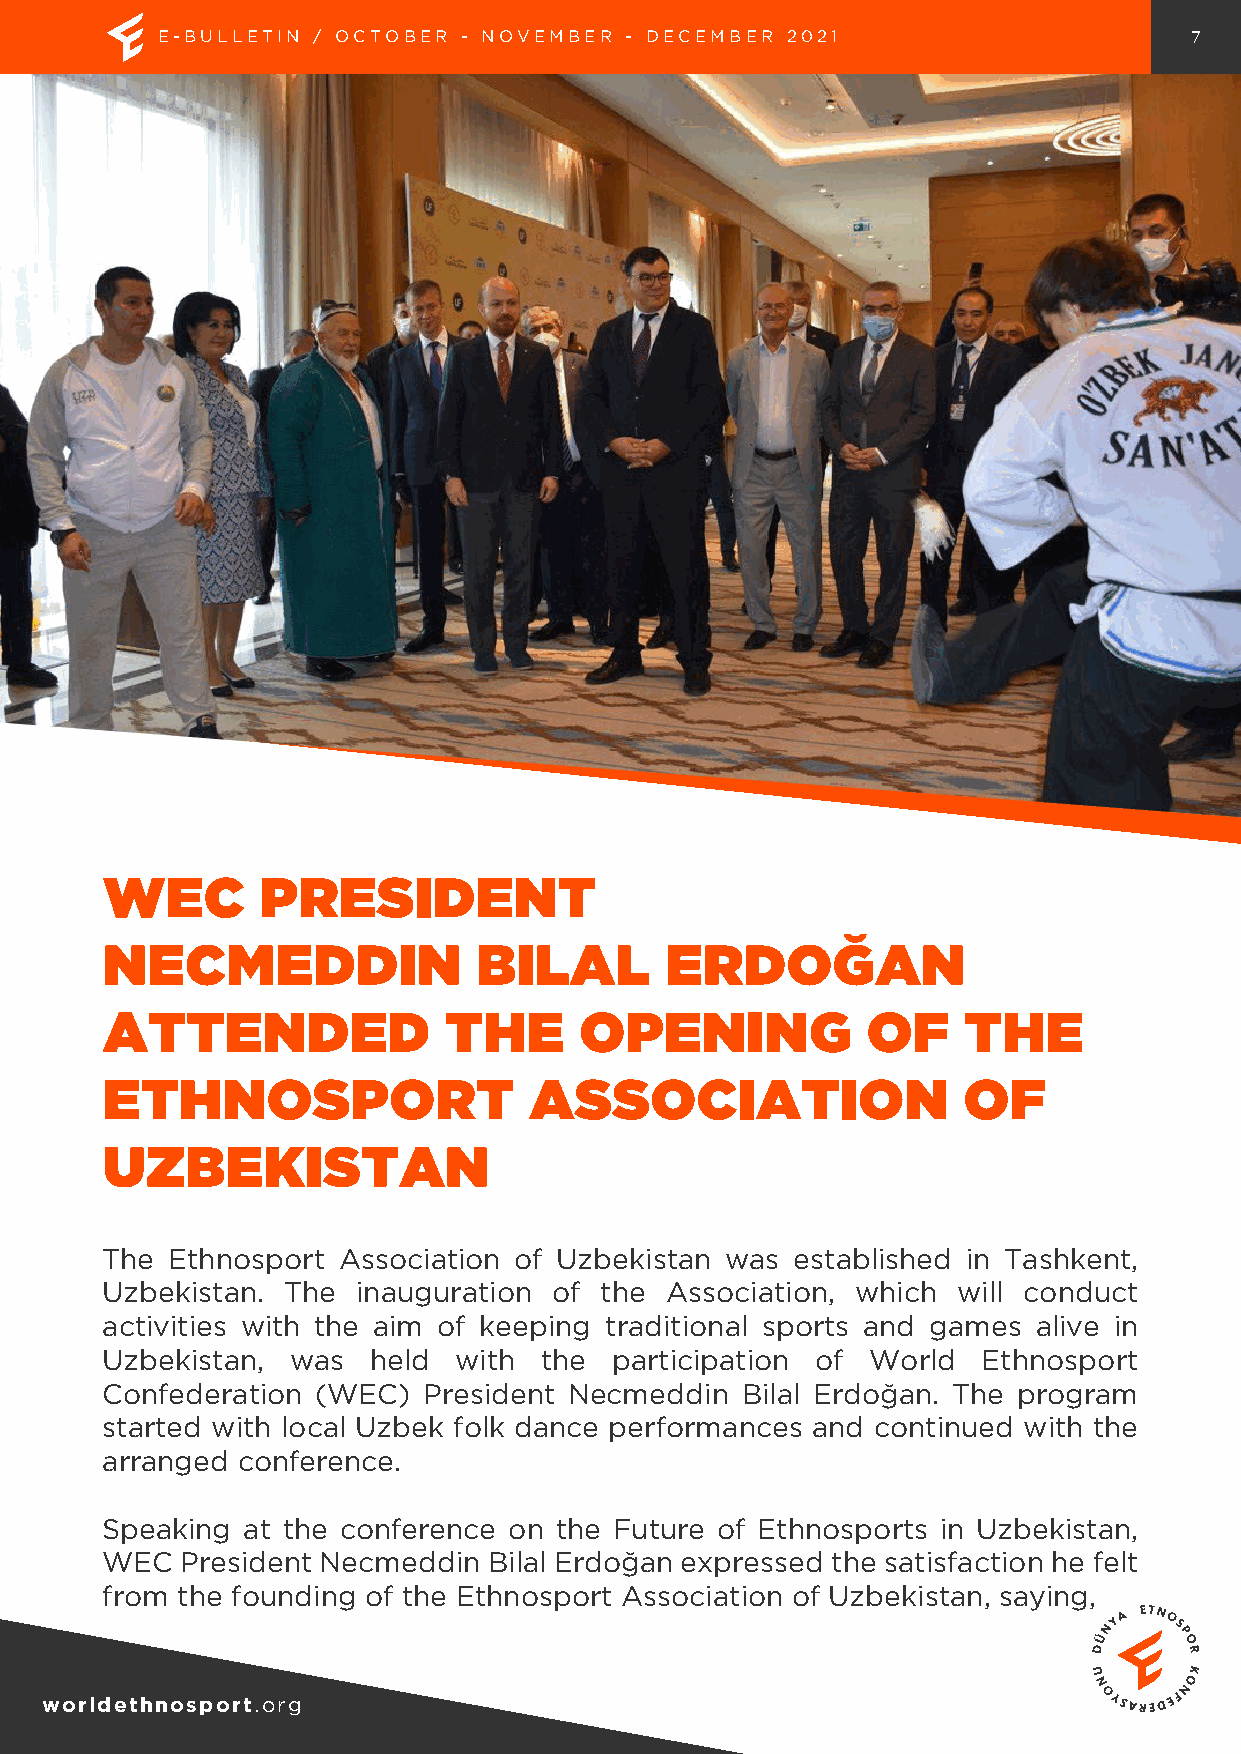
E-BULLETIN / OCTOBER - NOVEMBER - DECEMBER 2021                      7
 WEC       PRESIDENT
 NECMEDDIN                BILAL       ERDOĞAN
 ATTENDED              THE      OPENING            OF     THE
 ETHNOSPORT                  ASSOCIATION                  OF
 UZBEKISTAN
 The Ethnosport Association of Uzbekistan was  established in Tashkent,
 Uzbekistan. The  inauguration of the Association, which will conduct
 activities with the aim of keeping traditional sports and games alive in
 Uzbekistan, was  held  with  the participation of  World  Ethnosport
 Confederation (WEC)  President Necmeddin  Bilal Erdoğan. The program
 started with local Uzbek folk dance performances and continued with the
 arranged conference.
 Speaking at the conference on the Future of Ethnosports in Uzbekistan,
 WEC  President Necmeddin Bilal Erdoğan expressed the satisfaction he felt
 from the founding of the Ethnosport Association of Uzbekistan, saying,
 worldethnosport.org